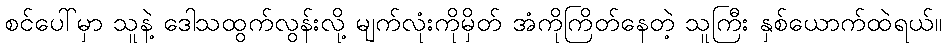
စင်ပေါ်မှာ သူနဲ့ ဒေါသထွက်လွန်းလို့ မျက်လုံးကိုမှိတ် အံကိုကြိတ်နေတဲ့ သူကြီး နှစ်ယောက်ထဲရယ်။